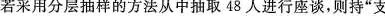
采用分层抽样的方法从中抽取48人进行座谈，则持”支